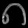
Digit: ၈